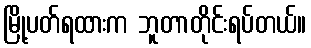
မြို့ပတ်ရထားက ဘူတာတိုင်းရပ်တယ်။